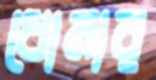
ধোনার